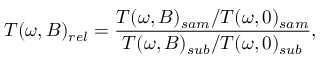
T ( \omega , B ) _ { r e l } = \frac { T ( \omega , B ) _ { s a m } / T ( \omega , 0 ) _ { s a m } } { T ( \omega , B ) _ { s u b } / T ( \omega , 0 ) _ { s u b } } ,